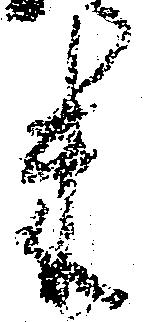
米